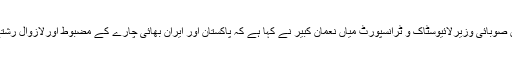
27 جون2018ء) نگران صوبائی وزیرلائیوسٹاک و ٹرانسپورٹ میاں نعمان کبیر نے کہا ہے کہ پاکستان اور ایران بھائی چارے کے مضبوط اورلازوال رشتے میں جڑے ہوئے ہیں ۔